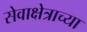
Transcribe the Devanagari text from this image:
सेवाक्षेत्राच्या